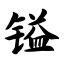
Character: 镒